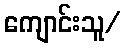
ကျောင်းသူ/